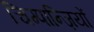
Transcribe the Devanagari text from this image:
चिम्पान्ज़ियों